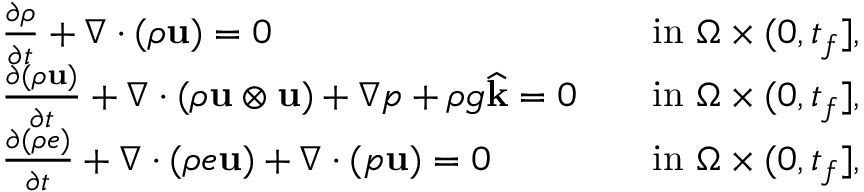
\begin{array} { r l r l } & { \frac { \partial \rho } { \partial t } + \nabla \cdot ( \rho \mathbf u ) = 0 } & & { \mathrm { i n } \, \, \Omega \times ( 0 , t _ { f } ] , } \\ & { \frac { \partial ( \rho \mathbf u ) } { \partial t } + \nabla \cdot ( \rho \mathbf u \otimes \mathbf u ) + \nabla p + \rho g \widehat { \mathbf k } = \boldsymbol { 0 } } & & { \mathrm { i n } \, \, \Omega \times ( 0 , t _ { f } ] , } \\ & { \frac { \partial ( \rho e ) } { \partial t } + \nabla \cdot ( \rho e \mathbf u ) + \nabla \cdot ( p \mathbf u ) = 0 } & & { \mathrm { i n } \, \, \Omega \times ( 0 , t _ { f } ] , } \end{array}